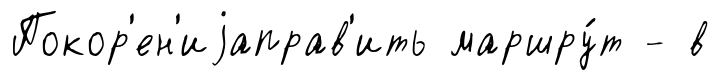
Покор'ен'иjаправ'ить маршру́т - в